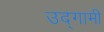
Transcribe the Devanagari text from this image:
उद्‌गामी